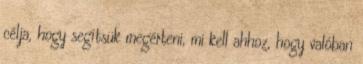
célja, hogy segítsük megérteni, mi kell ahhoz, hogy valóban